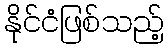
နိုင်ငံဖြစ်သည့်